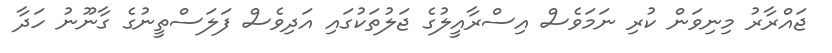
ޖައްރާރު މިނިވަން ކުރި ނަމަވެސް އިސްރާއީލުގެ ޖަލުތަކުގައި އަދިވެސް ފަލަސްތީނުގެ ގާނޫނު ހަދާ